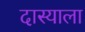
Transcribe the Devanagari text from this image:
दास्याला